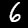
Digit: 6